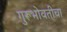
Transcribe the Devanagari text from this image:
गुरूभोवतीचा